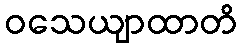
ဝသေယျာထာတိ